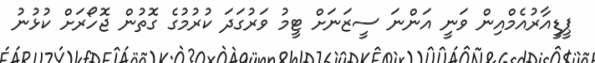
ޕީޑީއާރުއެމްއިން ވަނީ އަންނަ ސީޒަނަށް ޓީމު ވަރުގަދަ ކުރުމުގެ ގޮތުން ޖޮހޯރަށް ކުޅުނު